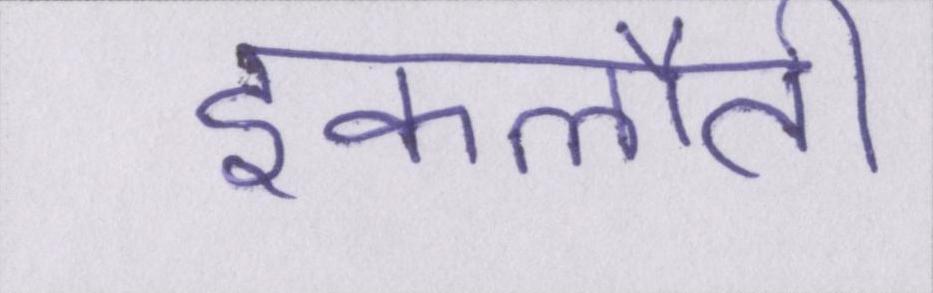
इकलौती